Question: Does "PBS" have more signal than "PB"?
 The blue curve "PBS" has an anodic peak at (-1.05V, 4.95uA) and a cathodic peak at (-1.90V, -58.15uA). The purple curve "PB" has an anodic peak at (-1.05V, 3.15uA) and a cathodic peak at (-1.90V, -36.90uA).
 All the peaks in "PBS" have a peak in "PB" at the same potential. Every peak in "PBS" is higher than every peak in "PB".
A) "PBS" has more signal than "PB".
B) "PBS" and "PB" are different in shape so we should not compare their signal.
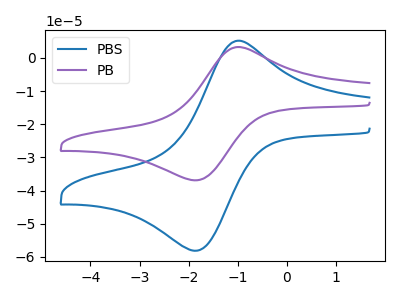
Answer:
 <answer>A) "PBS" has more signal than "PB".</answer>
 <eval>A</eval>